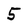
Character: 5